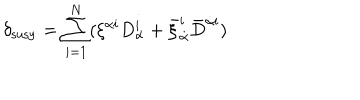
LaTeX: \delta _ { \mathrm { s u s y } } = \sum _ { i = 1 } ^ { N } ( \xi ^ { \alpha i } D _ { \alpha } ^ { i } + \bar { \xi } _ { \dot { \alpha } } ^ { i } \bar { D } ^ { { \dot { \alpha } } i } )